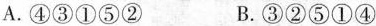
A.④③①⑤② B.③②⑤①④